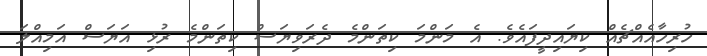
ހުރިހާއެއްޗެއް ކިޔައިދީފައެވެ. އެ މަންމަ ކިތަންމެ ދެރަވިޔަސް ކިތަންމެ ރުޅި އަޔަސް އަމިއްލަ